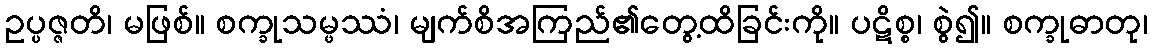
ဥပ္ပဇ္ဇတိ၊ မဖြစ်။ စက္ခုသမ္ဖဿံ၊ မျက်စိအကြည်၏တွေ့ထိခြင်းကို။ ပဋိစ္စ၊ စွဲ၍။ စက္ခုဓာတု၊